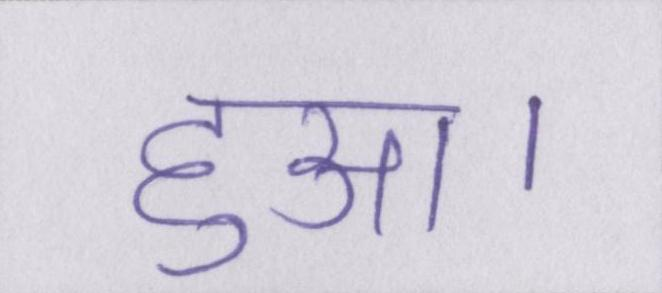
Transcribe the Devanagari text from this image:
हुआ।